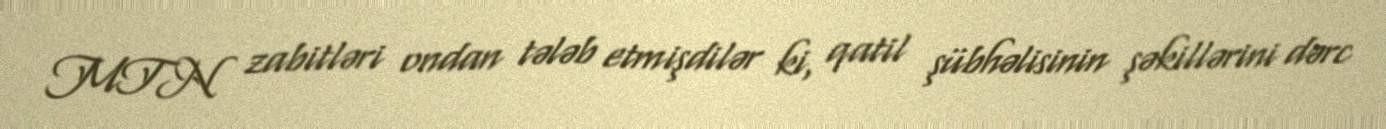
MTN zabitləri ondan tələb etmişdilər ki, qatil şübhəlisinin şəkillərini dərc